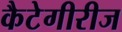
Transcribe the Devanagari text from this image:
कैटेगीरीज